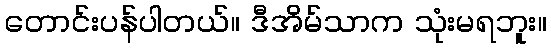
တောင်းပန်ပါတယ်။ ဒီအိမ်သာက သုံးမရဘူး။